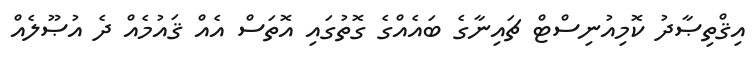
އިޤްތިޞާދު ކޮމިއުނިސްޓް ޗައިނާގެ ބައެއްގެ ގޮތުގައި އޮތަސް އެއް ޤައުމެއް ދެ އުޞޫލެއް